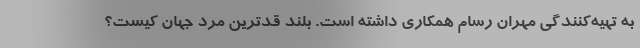
به تهیه‌کنندگی مهران رسام همکاری داشته است. بلند قدترین مرد جهان کیست؟